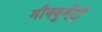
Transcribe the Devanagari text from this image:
मौक्युमेंट्री